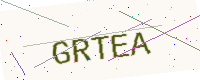
Text: GRTEA